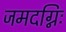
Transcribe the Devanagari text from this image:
जमदग्निः